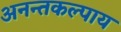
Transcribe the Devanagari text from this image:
अनन्तकल्पाय